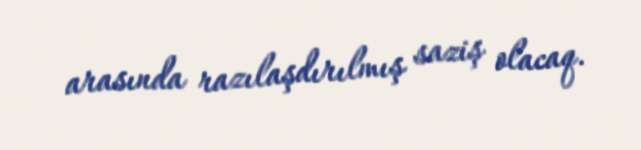
arasında razılaşdırılmış saziş olacaq.